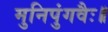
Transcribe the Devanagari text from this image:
मुनिपुंगवैः॥